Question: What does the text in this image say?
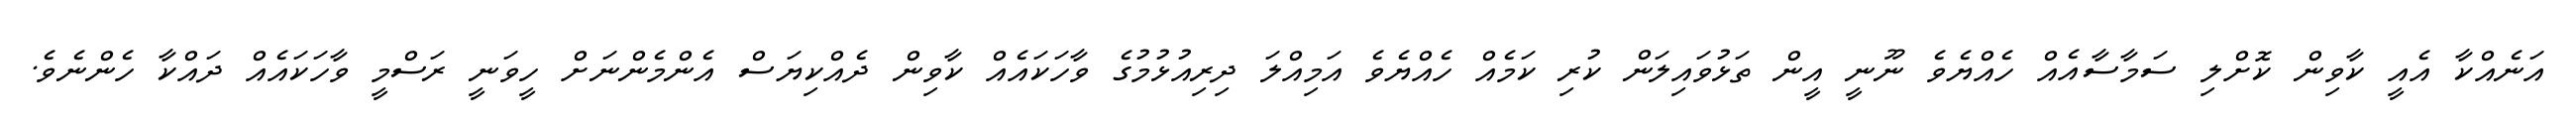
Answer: އަނެއްކާ އެއީ ކާވިން ކޮށްލި ސަމާސާއެއް ހެއްޔެވެ ނޫނީ އީން ތަޅުވައިލަން ކުރި ކަމެއް ހެއްޔެވެ އަމިއްލަ ދިރިއުޅުމުގެ ވާހަކައެއް ކާވިން ދެއްކިޔަސް އެންމެންނަށް ހީވަނީ ރަސްމީ ވާހަކައެއް ދައްކާ ހެންނެވެ.